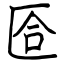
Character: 匼